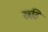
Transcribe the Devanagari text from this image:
छठि